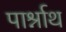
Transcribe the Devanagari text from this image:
पार्श्नाथ